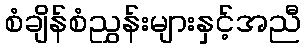
စံချိန်စံညွှန်းများနှင့်အညီ